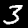
Digit: 3